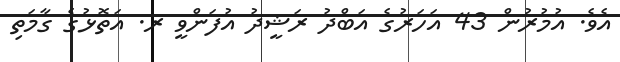
އެވެ. އުމުރުން 43 އަހަރުގެ އަބްދު ރަޝީދު އުފަންވީ ރ. އަތޮޅުގެ ގާމަތި